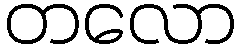
တလော